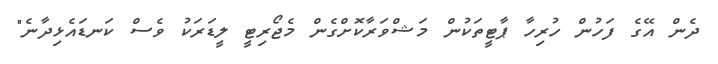
ދެން އޭގެ ފަހުން ހުރިހާ ޕާޓީތަކުން މަޝްވަރާކޮށްގެން މެޖޯރިޓީ ލީޑަރަކު ވެސް ކަނޑައެޅިދާނެ"